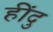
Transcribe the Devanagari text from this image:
हींदु